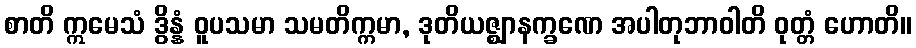
စာတိ ဣမေသံ ဒွိန္နံ ဝူပသမာ သမတိက္ကမာ, ဒုတိယဇ္ဈာနက္ခဏေ အပါတုဘာဝါတိ ဝုတ္တံ ဟောတိ။